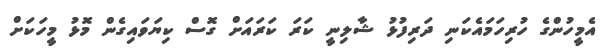
އެމީހުންގެ ހުރިހަމައެކަނި ދަރިފުޅު ޝާލިނީ ކަރަ ކަރައަށް ގޮސް ކިޔަވައިގެން މޮޅު މީހަކަށް